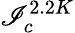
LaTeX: \mathscr{I}_{c}^{2.2K}